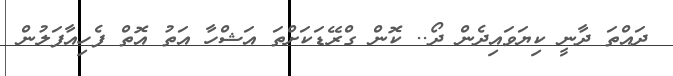
ދައްތަ ދާނީ ކިޔަވައިދެން ދޯ.. ކޮން ގްރޭޑަކަށްތަ އަޝްހާ އަތު އޮތް ފެހިއާފަލުން